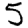
Digit: 5